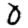
Digit: 0